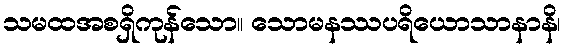
သမထအစရှိကုန်သော။ သောမနဿပရိယောသာနာနိ၊